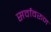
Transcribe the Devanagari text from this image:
सर्वांवरून